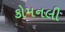
કોમનલી